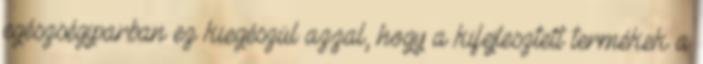
egészségiparban ez kiegészül azzal, hogy a kifejlesztett termékek a